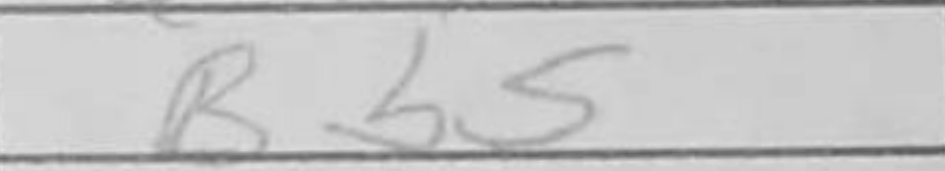
Transcription: Bb5